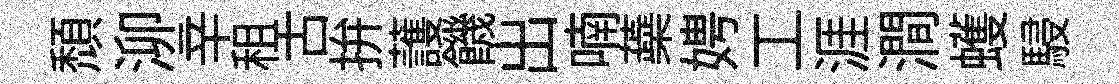
頹泖辛租古拚䕶饑出喃蘃娉工涯澗蠖駸